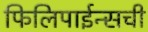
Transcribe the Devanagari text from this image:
फिलिपाईन्सची